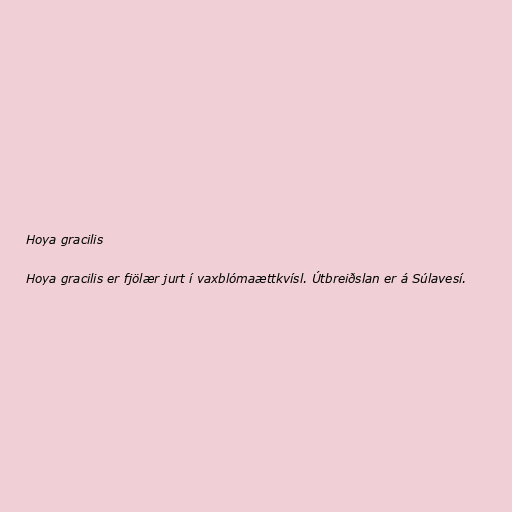
Hoya gracilis

Hoya gracilis er fjölær jurt í vaxblómaættkvísl. Útbreiðslan er á Súlavesí.